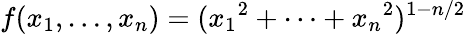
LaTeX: \, \! f(x_{1},\dots,x_{n})=({x_{1}}^{2}+\cdots+{x_{n}}^{2})^{1-n/2}